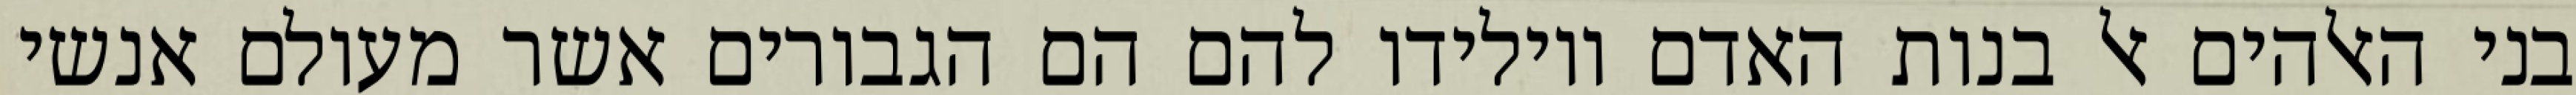
בני האלהים אל בנות האדם ויולידו להם הם הגבורים אשר מעולם אנשי